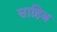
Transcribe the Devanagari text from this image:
साहिब